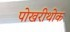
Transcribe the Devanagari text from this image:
पोखरीथोक